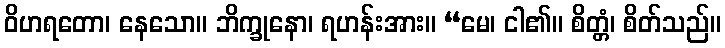
ဝိဟရတော၊ နေသော။ ဘိက္ခုနော၊ ရဟန်းအား။ “မေ၊ ငါ၏။ စိတ္တံ၊ စိတ်သည်။